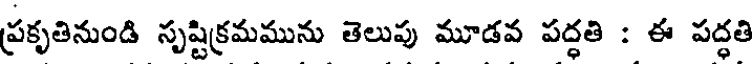
ప్రకృతినుండి సృష్టిక్రమమును తెలుపు మూడవ పద్ధతి : ఈ పద్ధతి